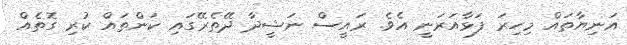
އަނިޔާތައް މިހިރަ ފަޅާއަރަނީ އެވެ. ރައީސް ނަޝީދާ ދޭތެރޭގައި ކަންތައް ކުރި ގޮތެއް